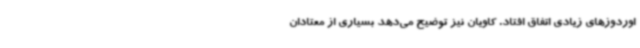
اوردوزهای زیادی اتفاق افتاد. کاویان نیز توضیح می‌دهد بسیاری از معتادان